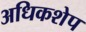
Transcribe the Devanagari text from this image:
अधिकशेप